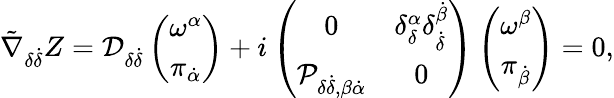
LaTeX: \tilde{\nabla}_{\delta\dot{\delta}}Z={\cal D}_{\delta\dot{\delta}}\left(\begin{array}{c}{{\omega^{\alpha}}}\\ {{\pi_{\dot{\alpha}}}}\end{array}\right)+i\left(\begin{array}{cc}{{0}}&{{\delta_{\delta}^{\alpha}\delta_{\dot{\delta}}^{\dot{\beta}}}}\\ {{{\cal P}_{\delta\dot{\delta},\beta\dot{\alpha}}}}&{{0}}\end{array}\right)\left(\begin{array}{c}{{\omega^{\beta}}}\\ {{\pi_{\dot{\beta}}}}\end{array}\right)=0,